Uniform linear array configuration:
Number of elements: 64
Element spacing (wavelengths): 0.5
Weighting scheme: hamming
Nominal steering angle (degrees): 60
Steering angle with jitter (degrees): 60.551
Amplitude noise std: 0.05
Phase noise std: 0.05

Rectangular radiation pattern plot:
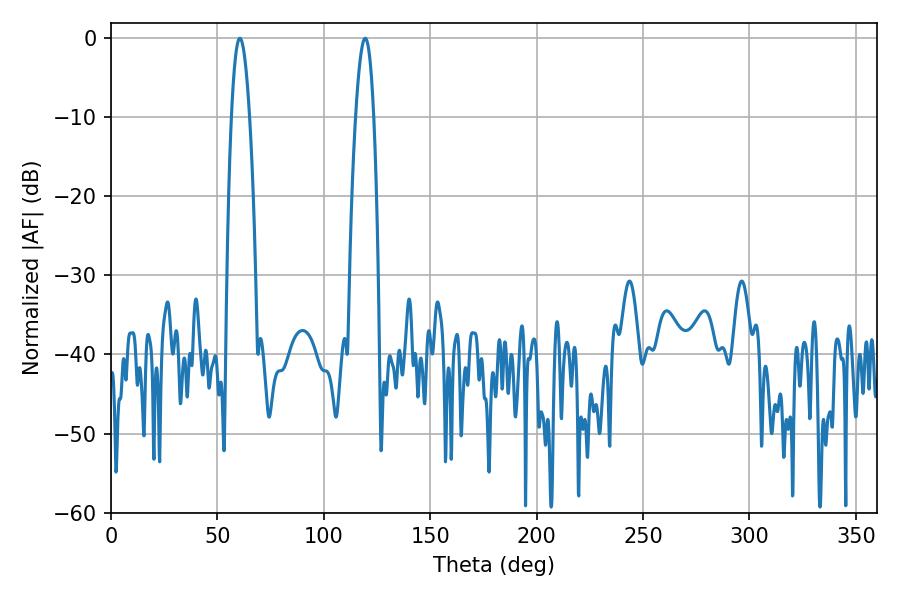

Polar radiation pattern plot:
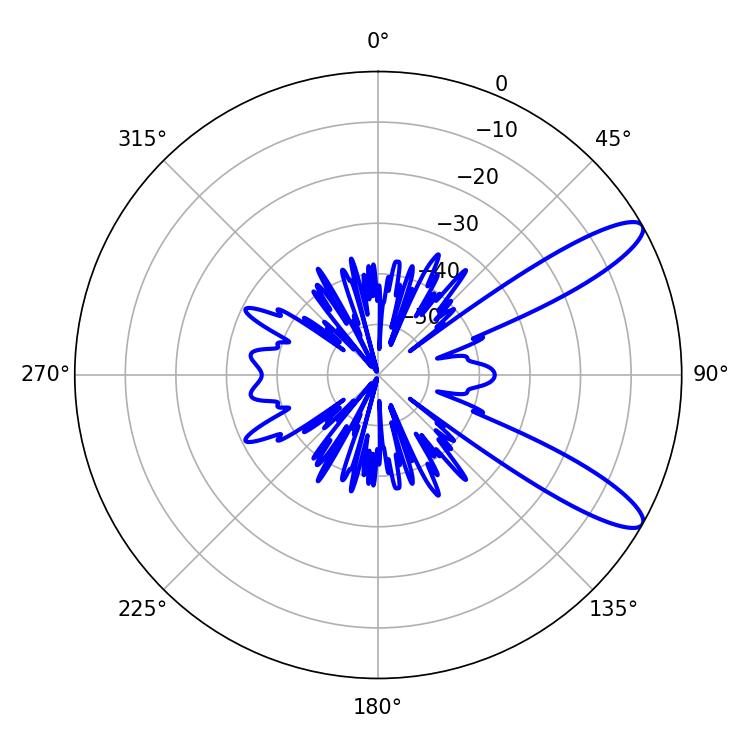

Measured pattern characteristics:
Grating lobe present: FALSE
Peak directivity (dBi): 11.129
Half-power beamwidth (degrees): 4.68
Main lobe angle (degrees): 60.48